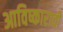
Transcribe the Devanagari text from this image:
आविष्काराची